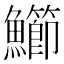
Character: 䲙